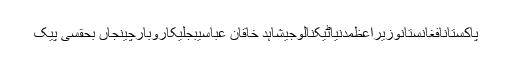
پاکستانافغانستانوزیراعظمدنیاٹیکنالوجیشاہد خاقان عباسیبجلیکاروبارچینجاں بحقسی پیک